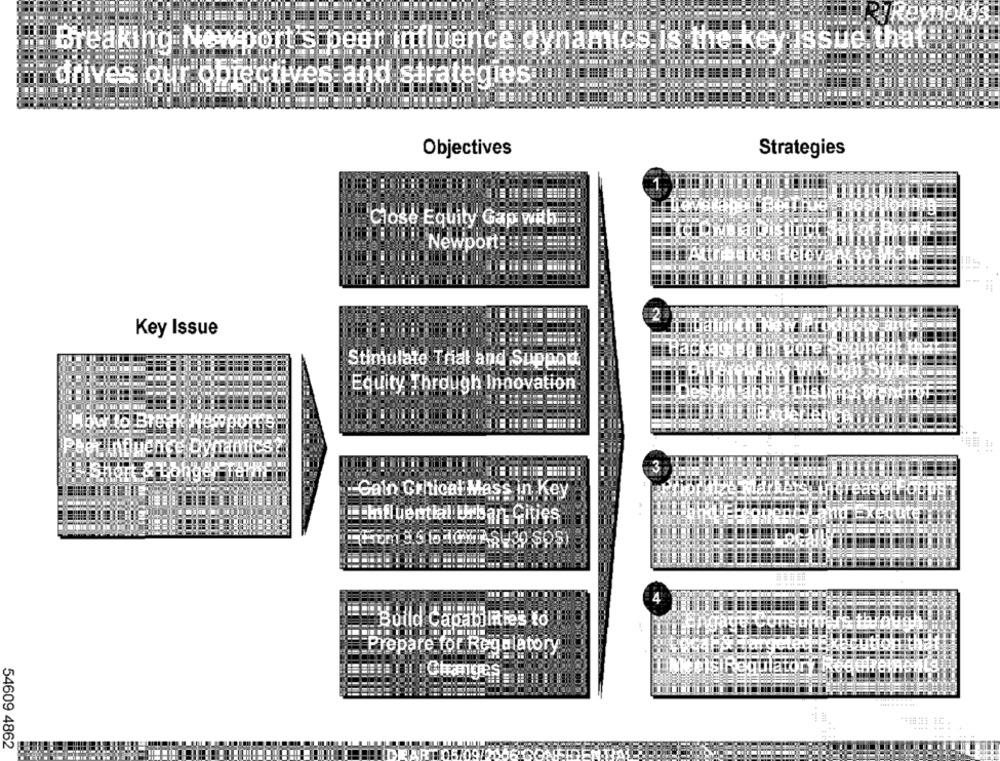
Breaking Newport's peer influence dynamics is the key issue that
drives our obrectives and strategies
Objectives
Strategies
Close Equity Gap with ...
Brąn&F
Newport ====
Relevant to.
2
Key Issue
Stimulate Trial and Support
Equity Through Innovation
Per int uence Dynamics?
& Longe Tern
Marke
-Gain Critical Mass in Key
:: influential Urban Gities
4
Build Capabil
Rablnie's to
Prepare for Regulatory
latort R
CHIETI Changes
54609 4862